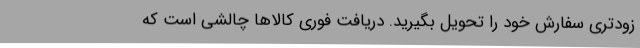
زودتری سفارش خود را تحویل بگیرید. دریافت فوری کالاها چالشی است که